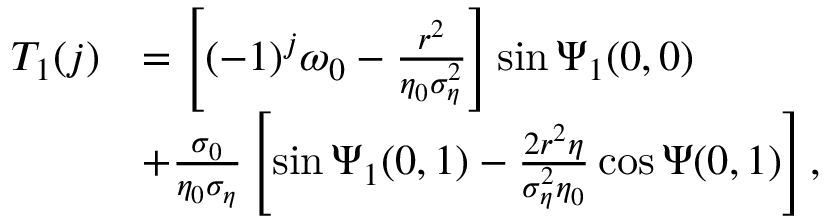
\begin{array} { r l } { T _ { 1 } ( j ) } & { = \left[ ( - 1 ) ^ { j } \omega _ { 0 } - \frac { r ^ { 2 } } { \eta _ { 0 } \sigma _ { \eta } ^ { 2 } } \right] \sin \Psi _ { 1 } ( 0 , 0 ) } \\ & { + \frac { \sigma _ { 0 } } { \eta _ { 0 } \sigma _ { \eta } } \left[ \sin \Psi _ { 1 } ( 0 , 1 ) - \frac { 2 r ^ { 2 } \eta } { \sigma _ { \eta } ^ { 2 } \eta _ { 0 } } \cos \Psi ( 0 , 1 ) \right] , } \end{array}